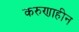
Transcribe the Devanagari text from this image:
करुणाहीन